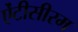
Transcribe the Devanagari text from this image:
ऐंटीसीरम